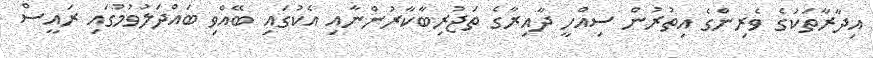
އިދާރާތަކުގެ ވެރިންގެ އިތުރުން ސިއްހީ ދާއިރާގެ ތަޖުރިބާކާރުންނާއި އެކުގައި ބޭއްވި ބައްދަލުވުމުގައި ރައީސް